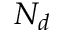
N _ { d }